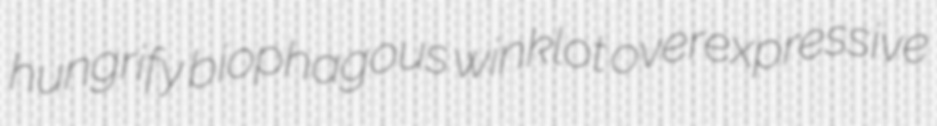
hungrify biophagous winklot overexpressive